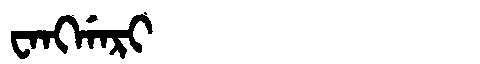
Manchu: ᠸᠠᠩᡤᠠᡵᡳ
Romanization: WANGGARI